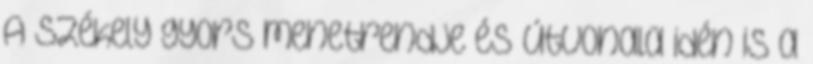
A Székely gyors menetrendje és útvonala idén is a